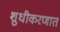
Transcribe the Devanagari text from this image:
शुधीकरणात